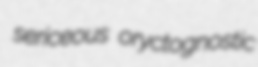
sericeous oryctognostic